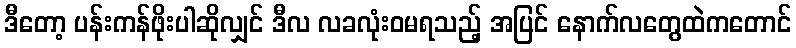
ဒီတော့ ပန်းကန်ဖိုးပါဆိုလျှင် ဒီလ လခလုံးဝမရသည့် အပြင် နောက်လတွေထဲကတောင်